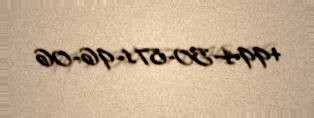
+994-50-871-96-06